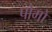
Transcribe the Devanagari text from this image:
पोमो